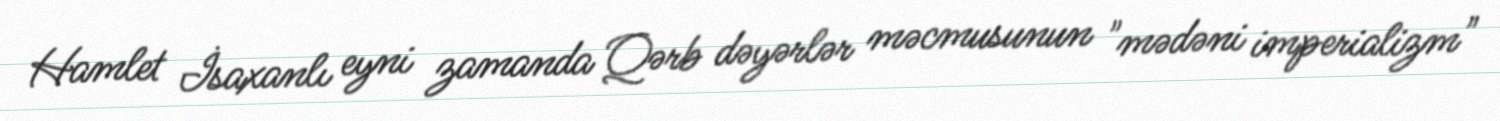
Hamlet İsaxanlı eyni zamanda Qərb dəyərlər məcmusunun "mədəni imperializm"